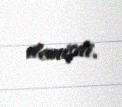
demişdi.